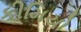
કીમિયો